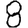
Digit: 8